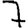
Digit: 7